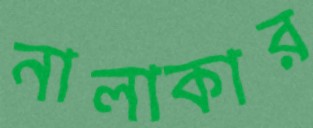
নালাকার